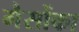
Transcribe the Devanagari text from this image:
गैसोंका